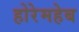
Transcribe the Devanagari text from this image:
होरेमहेब